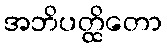
အဘိပတ္ထိတော